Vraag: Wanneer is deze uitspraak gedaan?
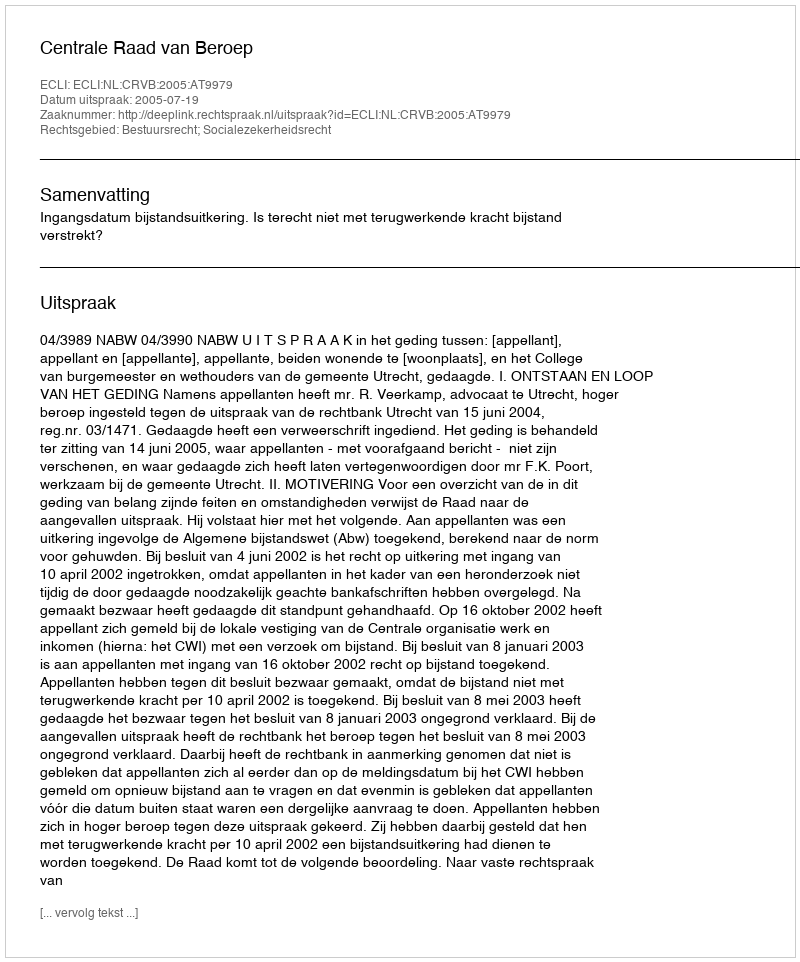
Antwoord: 2005-07-19